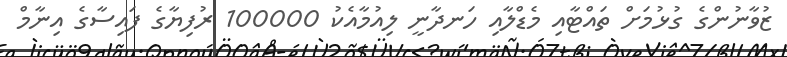
ޒުވާނުންގެ ގުޅުމަށް ތައްޓާއި މެޑްލާއި ހަނދާނީ ލިއުމާއެކު 100000 ރުފިޔާގެ ފައިސާގެ އިނާމް